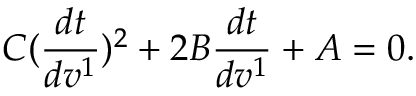
C ( \frac { d t } { d v ^ { 1 } } ) ^ { 2 } + 2 B \frac { d t } { d v ^ { 1 } } + A = 0 .